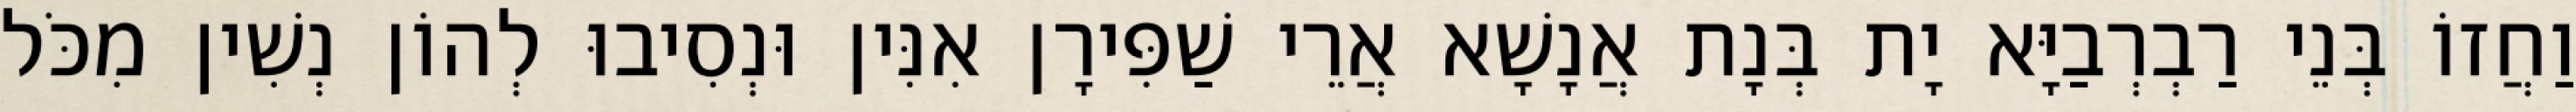
וַחֲזוֹ בְּנֵי רַבְרְבַיָּא יָת בְּנָת אֲנָשָׁא אֲרֵי שַׁפִּירָן אִנִּין וּנְסִיבוּ לְהוֹן נְשִׁין מִכֹּל